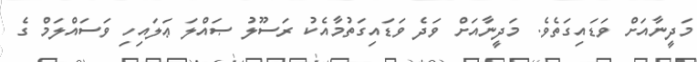
މަދީނާއަށް ވަޑައިގަތެވެ. މަދީނާއަށް ވަދެ ވަޑައިގަތުމާއެކު ރަސޫލު ޞައްލަ ޢަލައިހި ވަސައްލަމް ގެ